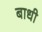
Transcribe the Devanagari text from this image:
बाधी